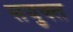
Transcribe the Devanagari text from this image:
सयुक्‍त